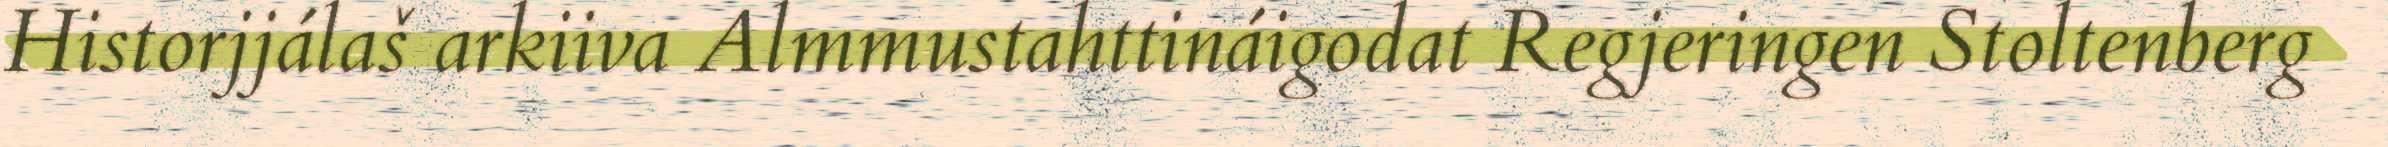
Historjjálaš arkiiva Almmustahttináigodat Regjeringen Stoltenberg